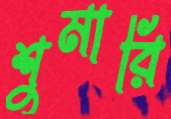
শুমারি